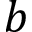
b